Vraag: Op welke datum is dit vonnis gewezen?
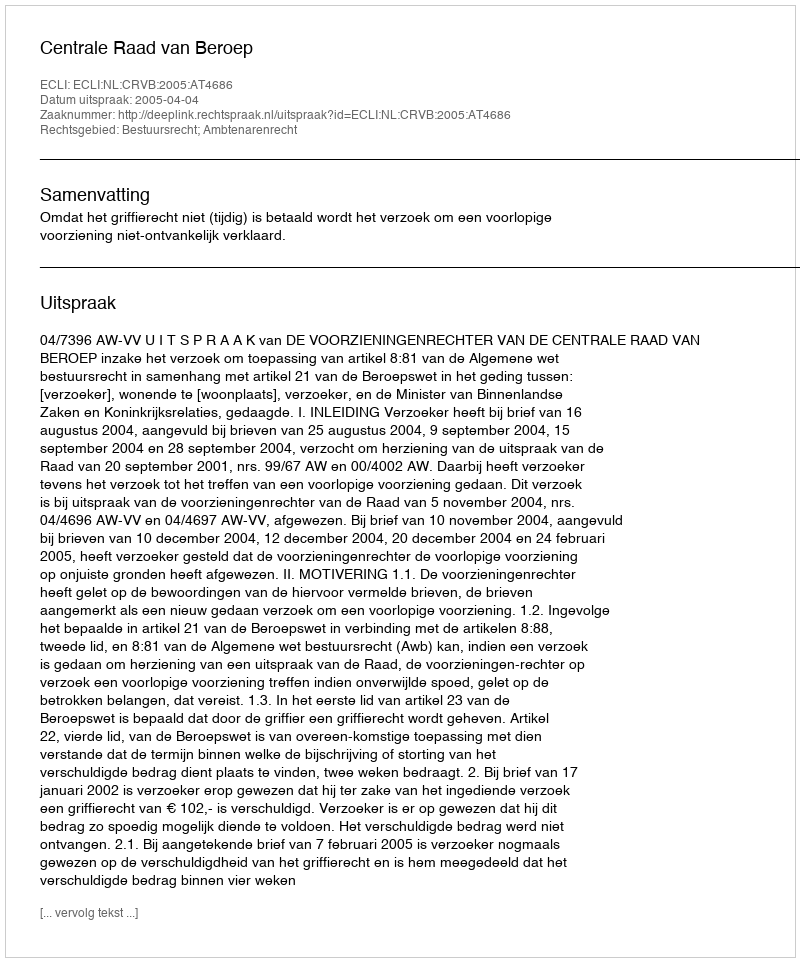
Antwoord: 2005-04-04